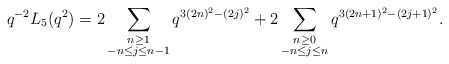
\begin{align*} q^{-2} L_{5}(q^2) = 2\sum_{\substack{n \geq 1 \\ -n \leq j \leq n-1}} q^{3(2n)^2 - (2j)^2} + 2\sum_{\substack{n \geq 0 \\ -n \leq j \leq n}} q^{3(2n+1)^2 - (2j+1)^2}.\end{align*}